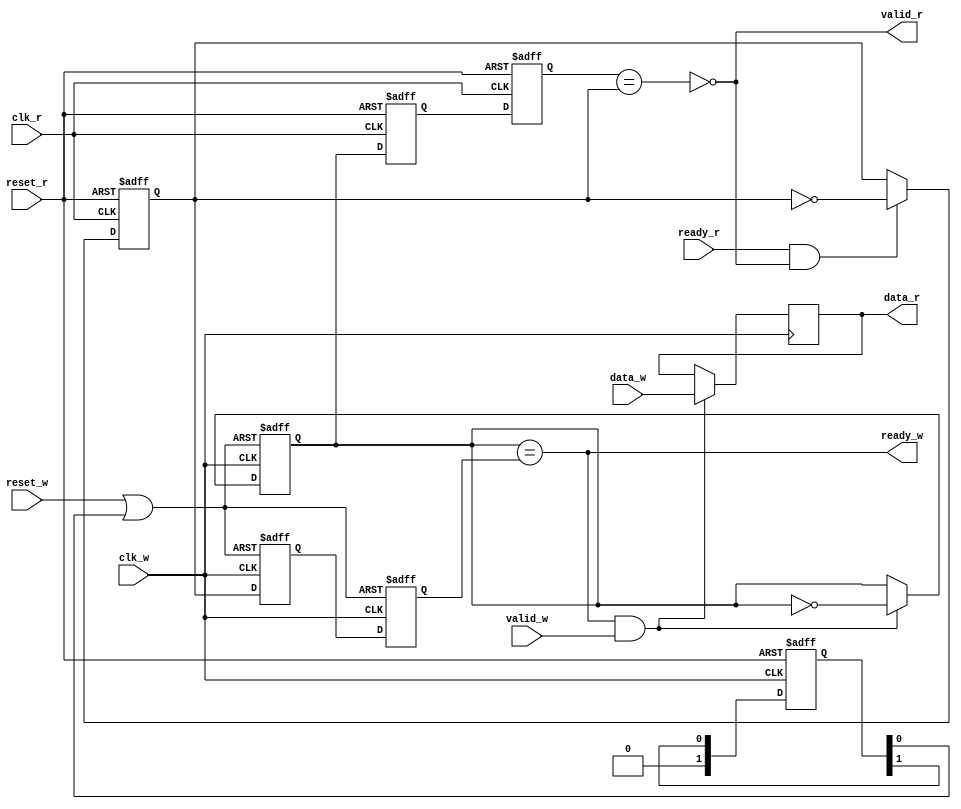
module PROC_SUBSYSTEM_CORERISCV_AXI4_0_CORERISCV_AXI4_ASYNC_FIFO (
    // Write Interface
    clk_w,
    reset_w,
    ready_w,
    valid_w,
    data_w,
    
    // Read Interface
    clk_r,
    reset_r,
    ready_r,
    valid_r,
    data_r
);
////////////////////////////////////////////////////////////////////////////////
// Parameter
////////////////////////////////////////////////////////////////////////////////
parameter DEPTH_LG_2 = 0;
parameter WIDTH      = 32;
parameter RESET_SYNC_WR_2_RD = 0;

////////////////////////////////////////////////////////////////////////////////
// Constants
////////////////////////////////////////////////////////////////////////////////
localparam DEPTH = 2**DEPTH_LG_2;
                          
////////////////////////////////////////////////////////////////////////////////
// I/O Declarations
////////////////////////////////////////////////////////////////////////////////
input                   clk_w;
input                   reset_w;
input                   valid_w;
input   [WIDTH-1:0]     data_w;
input                   clk_r;
input                   reset_r;
input                   ready_r;
output                  ready_w;
output                  valid_r;
output  [WIDTH-1:0]     data_r;

// Internal signals
reg [1:0]               reset_sync_reg;
reg                     wr_reset;
reg                     rd_reset;

// Reset synchronizer to synchronize the reset from either the read domain to the 
// write domain or from the write domain to the read domain based on the
// RESET_SYNC_WR_2_RD parameter. Synchronized reset will be asynchronously
// asserted and synchronously deasserted.
generate
   if (RESET_SYNC_WR_2_RD == 1)
      begin
         always @ (posedge clk_r or posedge reset_w)
            begin
               if (reset_w)
                  begin
                     reset_sync_reg <= 2'b11;
                  end
               else
                  begin
                     reset_sync_reg <= {1'b0, reset_sync_reg[1]};
                  end
            end
        always @ (*)
            begin
                wr_reset = reset_w;
                rd_reset = reset_r | reset_sync_reg[0];
            end
      end
   else
      begin
         always @ (posedge clk_w or posedge reset_r)
            begin
               if (reset_r)
                  begin
                     reset_sync_reg <= 2'b11;
                  end
               else
                  begin
                     reset_sync_reg <= {1'b0, reset_sync_reg[1]};
                  end
            end
        always @ (*)
            begin
                wr_reset = reset_w | reset_sync_reg[0];
                rd_reset = reset_r;
            end
      end
endgenerate

generate 
    if  (DEPTH > 1)
        begin
            // Internal signals declarations
            `ifdef USE_REGISTERS
                reg     [WIDTH-1:0]         fifoMem [ 0 : DEPTH - 1] /* synthesis syn_ramstyle = "registers" */;
            `else
                reg     [WIDTH-1:0]         fifoMem [ 0 : DEPTH - 1];
            `endif
            
            reg     [DEPTH_LG_2:0]      wrAddrReg_w;
            wire    [DEPTH_LG_2:0]      wrAddrNxt_w;
            reg     [DEPTH_LG_2:0]      wrAddrGrayReg_w;
            wire    [DEPTH_LG_2:0]      wrAddrGrayNxt_w;
            reg     [DEPTH_LG_2:0]      rdAddrReg_r;
            wire    [DEPTH_LG_2:0]      rdAddrNxt_r;
            reg     [DEPTH_LG_2:0]      rdAddrGrayReg_r;
            wire    [DEPTH_LG_2:0]      rdAddrGrayNxt_r;
            reg     [DEPTH_LG_2:0]      wrAddrGrayReg_sync;
            reg     [DEPTH_LG_2:0]      rdAddrGrayReg_sync;
            reg     [DEPTH_LG_2:0]      wrAddrGrayReg_r;
            reg     [DEPTH_LG_2:0]      rdAddrGrayReg_w;
            wire                        full_w;
            wire                        fire_w;
            wire                        empty_r;
            wire                        fire_r;
            
            // Pointer logic
            assign full_w          = ~(wrAddrGrayReg_w[DEPTH_LG_2]         == rdAddrGrayReg_w[DEPTH_LG_2]) &
                                      (wrAddrGrayReg_w[DEPTH_LG_2 - 1 : 0] == rdAddrGrayReg_w[DEPTH_LG_2 - 1 : 0 ]);
            assign wrAddrNxt_w     = wrAddrReg_w + 1'b1; // OK / expected to overflow
            assign wrAddrGrayNxt_w = wrAddrNxt_w ^ (wrAddrNxt_w >> 1);
            assign rdAddrNxt_r     = rdAddrReg_r + 1'b1; // OK / expected to overflow
            assign rdAddrGrayNxt_r = rdAddrNxt_r ^ (rdAddrNxt_r >> 1);
            assign empty_r         = (wrAddrGrayReg_r == rdAddrGrayReg_r); 
            assign ready_w = ~full_w;
            assign fire_w  = ready_w & valid_w;
            assign valid_r = ~empty_r;
            assign fire_r = ready_r & valid_r;
            
            // RAM inference
            always @(posedge clk_w)
                begin
                    if (fire_w)
                        begin
                            fifoMem[wrAddrReg_w[DEPTH_LG_2-1:0]] <= data_w;
                        end
                end
            assign data_r = fifoMem[rdAddrReg_r[DEPTH_LG_2-1:0]];
            
            
            always @(posedge clk_w or posedge wr_reset)
                begin
                    if (wr_reset)
                        begin
                            wrAddrReg_w        <= 'b0;
                            wrAddrGrayReg_w    <= 'b0;
                            rdAddrGrayReg_sync <= 'b0;
                            rdAddrGrayReg_w    <= 'b0;
                        end
                    else
                        begin
                            if (fire_w)
                                begin
                                    wrAddrReg_w     <= wrAddrNxt_w;
                                    wrAddrGrayReg_w <= wrAddrGrayNxt_w;  
                                end
                            rdAddrGrayReg_sync <= rdAddrGrayReg_r;
                            rdAddrGrayReg_w    <= rdAddrGrayReg_sync;
                        end
                end
                
            always @(posedge clk_r or posedge rd_reset)
                begin
                    if (rd_reset)
                        begin
                            rdAddrReg_r        <= 'b0;
                            rdAddrGrayReg_r    <= 'b0;                        
                            wrAddrGrayReg_sync <= 'b0;
                            wrAddrGrayReg_r    <= 'b0;
                        end
                    else
                        begin
                            if (fire_r)
                                begin
                                    rdAddrReg_r     <= rdAddrNxt_r;
                                    rdAddrGrayReg_r <= rdAddrGrayNxt_r;
                                end
                            wrAddrGrayReg_sync <= wrAddrGrayReg_w;
                            wrAddrGrayReg_r    <= wrAddrGrayReg_sync;
                        end
                end
        end
    else
        begin
            // Internal signal declarations
            reg     [WIDTH-1:0]         fifoMem;
            reg                         wrAddrReg_w;
            wire                        wrAddrNxt_w;
            reg                         rdAddrReg_r;
            wire                        rdAddrNxt_r;
            reg                         wrAddrReg_sync;
            reg                         rdAddrReg_sync;
            reg                         wrAddrReg_r;
            reg                         rdAddrReg_w;
            wire                        full_w;
            wire                        fire_w;
            wire                        empty_r;
            wire                        fire_r;
            
            // Pointer logic
            assign full_w      = ~(wrAddrReg_w == rdAddrReg_w);            
            assign wrAddrNxt_w = ~wrAddrReg_w;            
            assign rdAddrNxt_r = ~rdAddrReg_r;            
            assign empty_r     = (wrAddrReg_r == rdAddrReg_r);
            assign ready_w     = ~full_w;
            assign fire_w      = ready_w & valid_w;
            assign valid_r     = ~empty_r;
            assign fire_r      = ready_r & valid_r;
        
            always @(posedge clk_w)
                begin
                    if (fire_w)
                        begin
                            fifoMem <= data_w;
                        end
                end
            assign data_r = fifoMem;
            
            always @(posedge clk_w or posedge wr_reset)
                begin
                    if (wr_reset)
                        begin
                            wrAddrReg_w    <= 1'b0;
                            rdAddrReg_sync <= 1'b0;
                            rdAddrReg_w    <= 1'b0;
                        end
                    else
                        begin
                            if (fire_w)
                                begin
                                    wrAddrReg_w <= wrAddrNxt_w;
                                end
                            rdAddrReg_sync <= rdAddrReg_r;
                            rdAddrReg_w    <= rdAddrReg_sync;
                        end
                end
      
            always @(posedge clk_r or posedge rd_reset)
                begin
                    if (rd_reset)
                        begin
                            rdAddrReg_r    <= 1'b0;
                            wrAddrReg_sync <= 1'b0;
                            wrAddrReg_r    <= 1'b0;
                        end
                    else
                        begin
                            if (fire_r)
                                begin
                                    rdAddrReg_r <= rdAddrNxt_r;
                                end
                            wrAddrReg_sync <= wrAddrReg_w;
                            wrAddrReg_r    <= wrAddrReg_sync;
                        end
                end
        end
endgenerate

endmodule